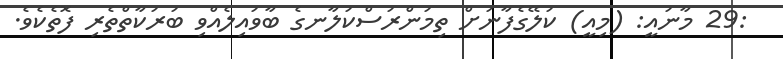
:29 މާނައީ: (މިއީ) ކަލޭގެފާނަށް ތިމަންރަސްކަލާނގެ ބާވައިލެއްވި ބަރަކާތްތެރި ފޮތެކެވެ.